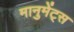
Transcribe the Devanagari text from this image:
मानुमेंट्स